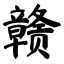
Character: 赣